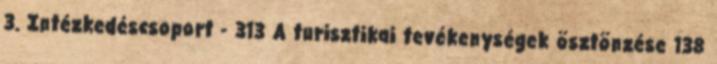
3. Intézkedéscsoport - 313 A turisztikai tevékenységek ösztönzése 138